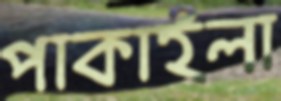
পাকাইলা